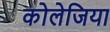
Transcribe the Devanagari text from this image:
कोलेजिया